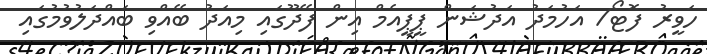
ހަވީރު ފޮޓޯ/ އަހުމަދު އަދުޝަން ޕީޕީއެމް އިން ފޭދޫގައި މިއަދު ބޭއްވި ބައްދަލުވުމުގައި